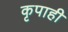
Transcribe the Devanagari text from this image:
कृपाही